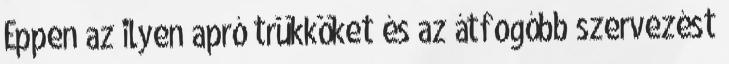
Éppen az ilyen apró trükköket és az átfogóbb szervezést